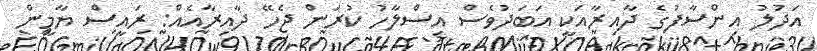
އަދުލު އިންސާފުގެ ދާއިރާއަކީ އަބަދުވެސް އިސްލާހު ކުރަން ޖެހޭ ދާއިރާއެއް: ރައީސް ޔާމީން